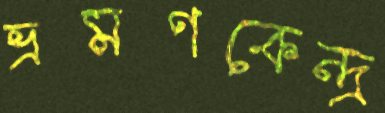
ভ্রমণকেন্দ্র